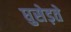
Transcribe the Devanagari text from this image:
घुसेड़ते